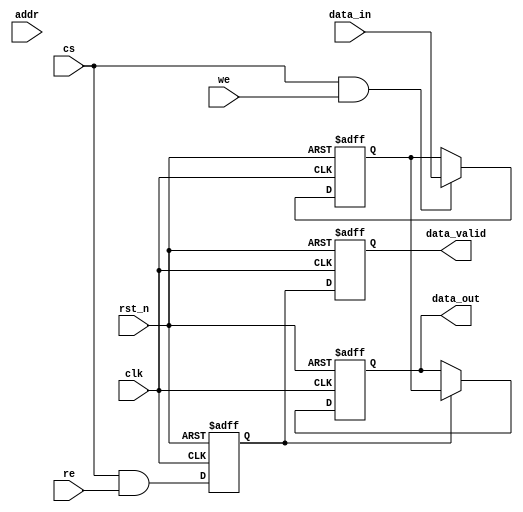
module mram_io_block (
    input wire clk,                // System clock
    input wire rst_n,              // Active low reset
    input wire cs,                 // Chip Select
    input wire we,                 // Write Enable
    input wire re,                 // Read Enable
    input wire [ADDR_WIDTH-1:0] addr, // Address bus
    input wire [DATA_WIDTH-1:0] data_in, // Data input bus
    output reg [DATA_WIDTH-1:0] data_out, // Data output bus
    output reg data_valid          // Data valid signal
);

parameter ADDR_WIDTH = 8;         // Address width
parameter DATA_WIDTH = 16;        // Data width

// Internal registers for data latching
reg [DATA_WIDTH-1:0] data_latch;
reg [ADDR_WIDTH-1:0] addr_latch;

// Timing control signals
reg write_enable;
reg read_enable;

// Data input buffer
always @(posedge clk or negedge rst_n) begin
    if (!rst_n) begin
        data_latch <= 0;
    end else if (cs && we) begin
        data_latch <= data_in; // Latch data on write
    end
end

// Address latching
always @(posedge clk or negedge rst_n) begin
    if (!rst_n) begin
        addr_latch <= 0;
    end else if (cs && (we || re)) begin
        addr_latch <= addr; // Latch address on read/write
    end
end

// Control signal management
always @(posedge clk or negedge rst_n) begin
    if (!rst_n) begin
        write_enable <= 0;
        read_enable <= 0;
        data_valid <= 0;
    end else begin
        write_enable <= cs && we; // Assert write enable
        read_enable <= cs && re;  // Assert read enable
        data_valid <= read_enable; // Data valid when reading
    end
end

// Output buffer for read operation
always @(posedge clk or negedge rst_n) begin
    if (!rst_n) begin
        data_out <= 0;
    end else if (read_enable) begin
        // Simulate reading from MRAM core (for example purposes)
        // In a real design, this would interface with the MRAM core
        data_out <= data_latch; // Output the latched data
    end
end

// Power management (placeholder for actual implementation)
always @(posedge clk or negedge rst_n) begin
    if (!rst_n) begin
        // Initialize power management signals
    end else begin
        // Implement power gating or voltage level shifting as needed
    end
end

endmodule